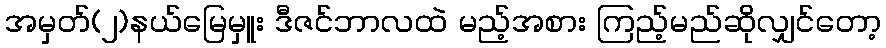
အမှတ်(၂)နယ်မြေမှူး ဒီဇင်ဘာလထဲ မည့်အစား ကြည့်မည်ဆိုလျှင်တော့